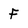
Character: F